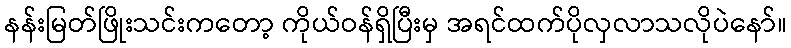
နန်းမြတ်ဖြိုးသင်းကတော့ ကိုယ်ဝန်ရှိပြီးမှ အရင်ထက်ပိုလှလာသလိုပဲနော်။